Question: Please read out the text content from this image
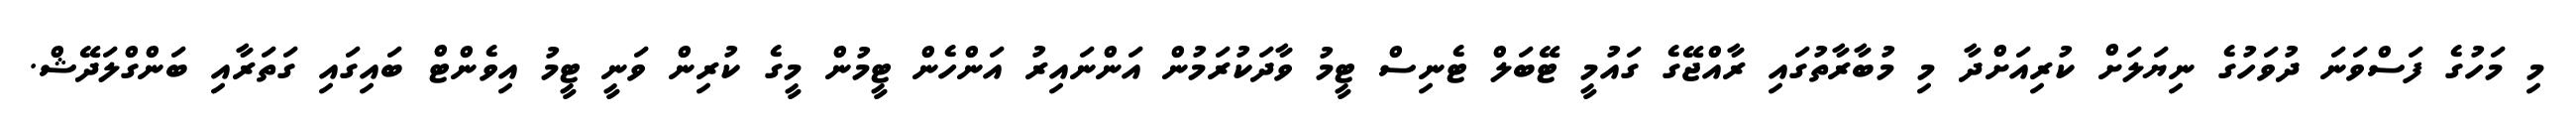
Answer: މި މަހުގެ ފަސްވަނަ ދުވަހުގެ ނިޔަލަށް ކުރިއަށްދާ މި މުބާރާތުގައި ރާއްޖޭގެ ގައުމީ ޓޭބަލް ޓެނިސް ޓީމު ވާދަކުރަމުން އަންނައިރު އަންހެން ޓީމުން މީގެ ކުރިން ވަނީ ޓީމު އިވެންޓް ބައިގައި ގަތަރާއި ބަންގްލަދޭޝް.